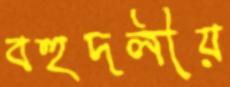
বহুদলীয়